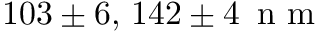
1 0 3 \pm 6 , \, 1 4 2 \pm 4 \, \mathrm { ~ n ~ m ~ }